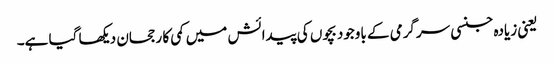
یعنی زیادہ جنسی سرگرمی کے باوجود بچوں کی پیدائش میں کمی کا رجحان دیکھا گیا ہے۔